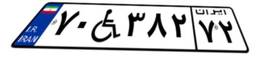
۷۰W۳۸۲۷۲